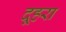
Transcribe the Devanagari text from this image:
दूहरा